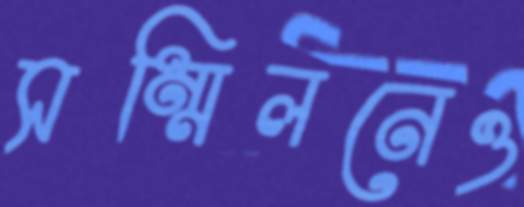
সম্মিলনেও